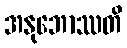
အနုဘောဿတိ